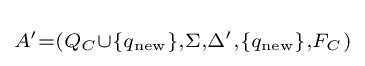
\scriptstyle A'=(Q_{C}\cup \{q_{\text{new}}\},\Sigma ,\Delta ',\{q_{\text{new}}\},F_{C})